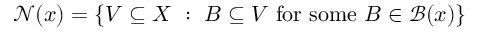
{ \mathcal { N } } ( x ) = \left\{ V \subseteq X ~ : ~ B \subseteq V { \mathrm { ~ f o r ~ s o m e ~ } } B \in { \mathcal { B } } ( x ) \right\}